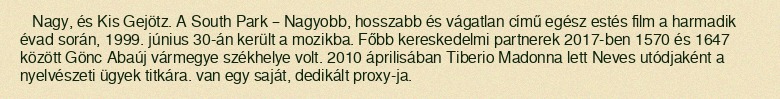
Nagy, és Kis Gejötz. A South Park – Nagyobb, hosszabb és vágatlan című egész estés film a harmadik évad során, 1999. június 30-án került a mozikba. Főbb kereskedelmi partnerek 2017-ben 1570 és 1647 között Gönc Abaúj vármegye székhelye volt. 2010 áprilisában Tiberio Madonna lett Neves utódjaként a nyelvészeti ügyek titkára. van egy saját, dedikált proxy-ja.